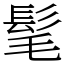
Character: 髦